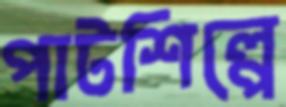
পাটশিল্পে